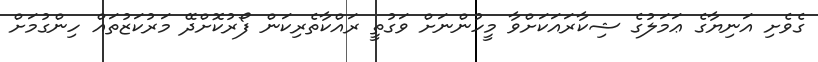
ގެވެށި އަނިޔާގެ ޢަމަލުގެ ޝިކާރައަކަށްވާ މީހުންނަށް ވަގުތީ ރައްކާތެރިކަން ފޯރުކޮށްދޭ މަރުކަޒުތައް ހިންގުމަށް